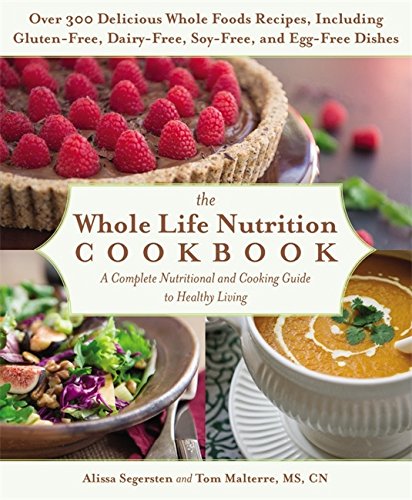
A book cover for The Whole Life Nutrition Cookbook: Over 300 Delicious Whole Foods Recipes, Including Gluten-Free, Dairy-Free, Soy-Free, and Egg-Free Dishes; Tom Malterre; Cookbooks, Food & Wine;